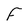
Character: F